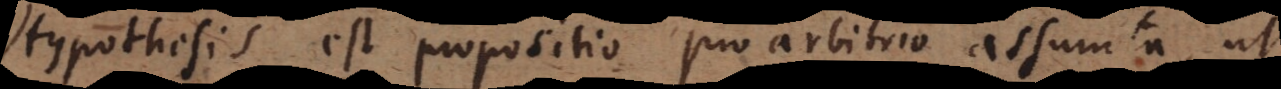
Hypothesis est propositio pro arbitrio assumta, ut